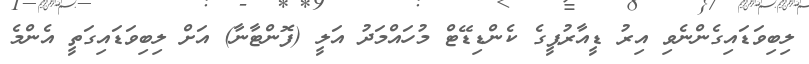
ލިބިވަޑައިގެންނެވި އިރު ޑީއާރުޕީގެ ކެންޑިޑޭޓް މުހައްމަދު އަލީ (ފޮންޓާނާ) އަށް ލިބިވަޑައިގަތީ އެންމެ